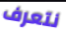
نتعرف